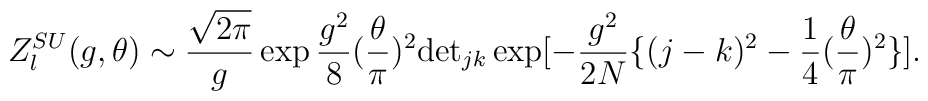
Z_{l}^{SU}(g,\theta)\sim\frac{\sqrt{2\pi}}{g}\exp\frac{g^{2}}{8}(\frac{\theta}{\pi})^{2}{\rm det}_{jk}\exp[-\frac{g^{2}}{2N}\{(j-k)^{2}-\frac{1}{4}(\frac{\theta}{\pi})^{2}\}].